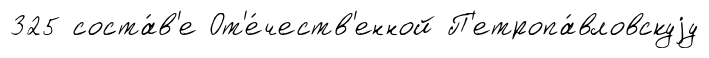
325 соста́в'е От'е́честв'енной П'етропа́вловскуjу